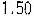
1.50